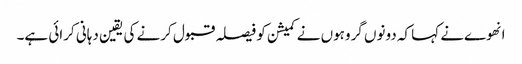
انهوےنے کہا کہ دونوں گروہوں نے کمیشن کو فیصلہ قبول کرنے کی یقین دہانی کرائی ہے۔